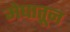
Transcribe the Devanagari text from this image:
मेघातून